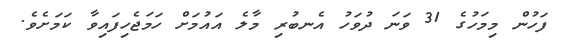
ފަހުން މިމަހުގެ 31 ވަނަ ދުވަހު އެނބުރި މާލެ އައުމަށް ހަމަޖެހިފައިވާ ކަމަށެވެ.